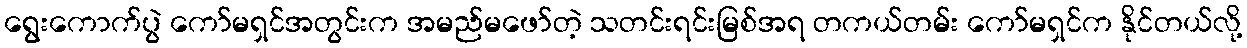
ရွေးကောက်ပွဲ ကော်မရှင်အတွင်းက အမည်မဖော်တဲ့ သတင်းရင်းမြစ်အရ တကယ်တမ်း ကော်မရှင်က နိုင်တယ်လို့